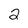
Character: 2